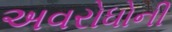
અવરોધોની